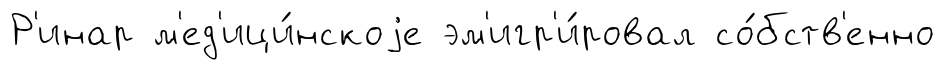
Р'инар м'ед'ици́нскоjе эм'игр'и́ровал со́бств'енно